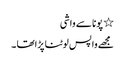
٭ پونا سے واشی
مجھے واپس لوٹنا پڑاتھا ۔